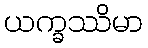
ယက္ခဿိမာ